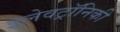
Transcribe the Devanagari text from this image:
इलेवट्रॉनिकी